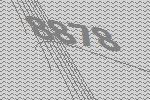
8878